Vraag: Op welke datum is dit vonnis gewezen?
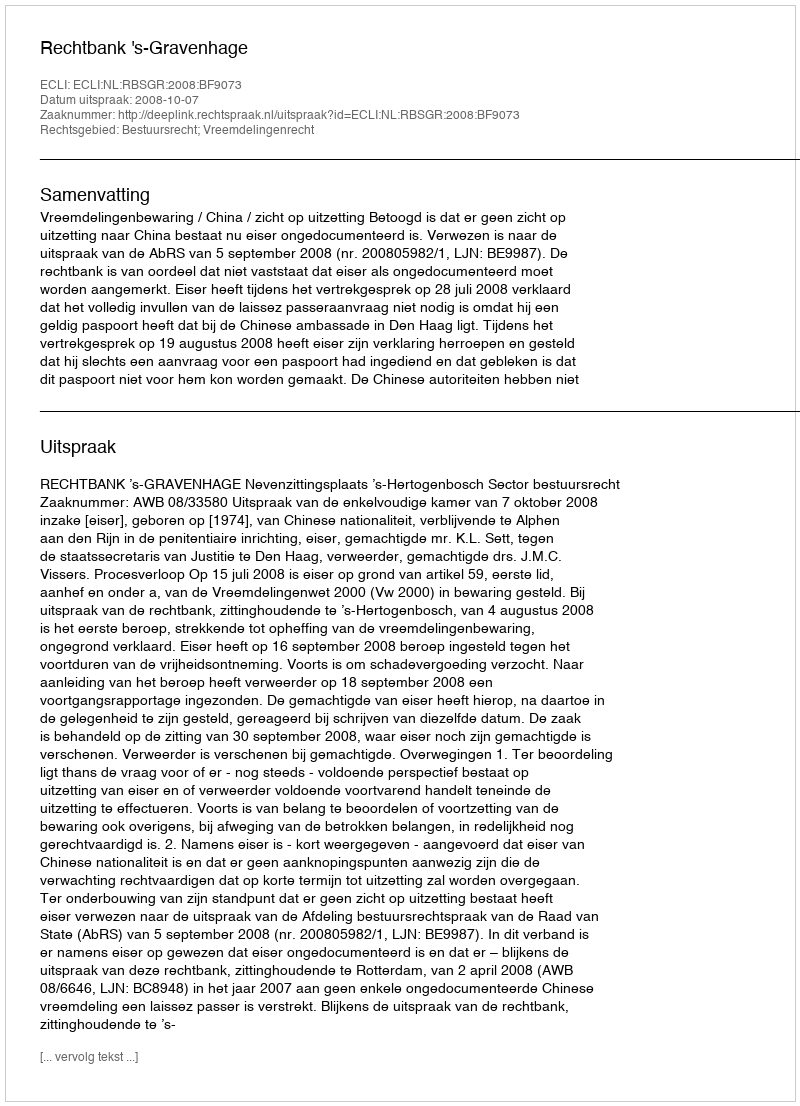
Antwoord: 2008-10-07